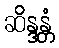
ဆိန္ဒန္တံ